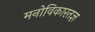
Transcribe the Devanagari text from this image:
मनोविकारतज्ञ